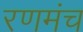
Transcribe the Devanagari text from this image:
रणमंच